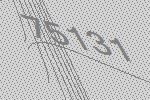
75131